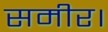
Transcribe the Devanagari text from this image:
समीर।